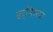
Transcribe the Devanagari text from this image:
हर्पिसया